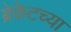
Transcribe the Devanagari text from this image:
ब्रेकेटच्या